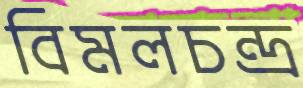
বিমলচন্দ্র